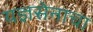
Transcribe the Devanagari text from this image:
यज्ञसेनाचा